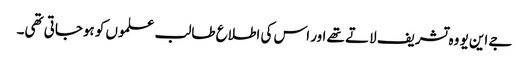
جے این یو وہ تشریف لاتے تھے اور اس کی اطلاع طالب علموں کو ہوجاتی تھی۔